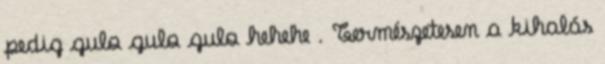
pedig gulo gulo gulo hehehe . Természetesen a kihalás